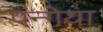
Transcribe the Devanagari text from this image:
पन्गेया